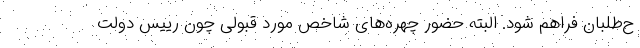
ح‌طلبان فراهم شود. البته حضور چهره‌های شاخص مورد قبولی چون رییس دولت